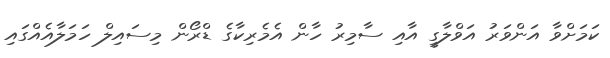
ކަމަށްވާ އަންވަރު އަވްލާގީ އާއި ސާމިރު ހާން އެމެރިކާގެ ޑްރޯން މިސައިލް ހަމަލާއެއްގައި